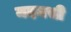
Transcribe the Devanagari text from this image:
मदमसी